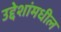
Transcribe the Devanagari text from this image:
उद्देशांमधील